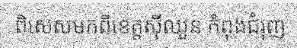
ពិសេសមកពីខេត្តស៊ីឈួន កំពុងជំរុញ